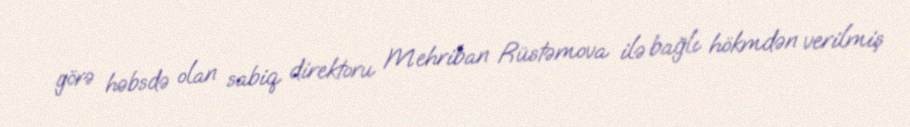
görə həbsdə olan sabiq direktoru Mehriban Rüstəmova ilə bağlı hökmdən verilmiş